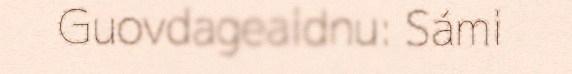
Guovdageaidnu: Sámi